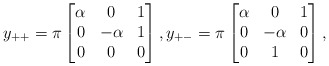
\begin{align*}y_{++}=\pi\begin{bmatrix}\alpha&0&1\\0 & - \alpha&1\\ 0&0& 0\end{bmatrix},y_{+-}=\pi\begin{bmatrix}\alpha&0&1\\0 & - \alpha&0\\ 0&1& 0\end{bmatrix},\end{align*}